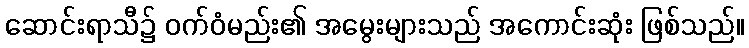
ဆောင်းရာသီ၌ ဝက်ဝံမည်း၏ အမွေးများသည် အကောင်းဆုံး ဖြစ်သည်။